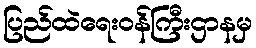
ပြည်ထဲရေးဝန်ကြီးဌာနမှ